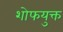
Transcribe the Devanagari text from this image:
शोफयुक्त